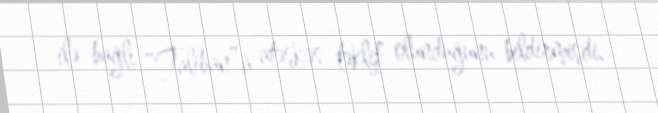
ilə bağlı “Taliban”a atəşkəs təklif olunduğunu bildirmişdi.